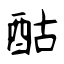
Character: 酤